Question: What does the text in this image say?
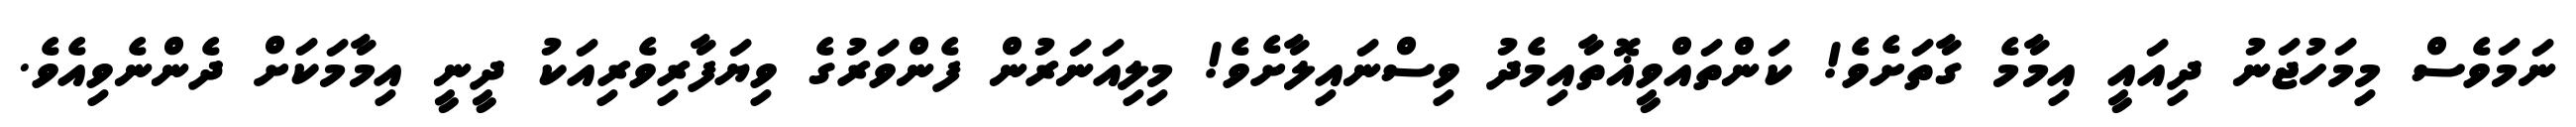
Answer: ނަމަވެސް މިމަހުޖަނު ދިއައީ އިމާމެ ގާތަށެވެ! ކަންތައްވީޣޮތާއިމެދު ވިސްނައިލާށެވެ! މިލިއަނަރުން ފެންވަރުގެ ވިޔަފާރިވެރިއަކު ދީނީ އިމާމަކަށް ދެންނެވިއެވެ.